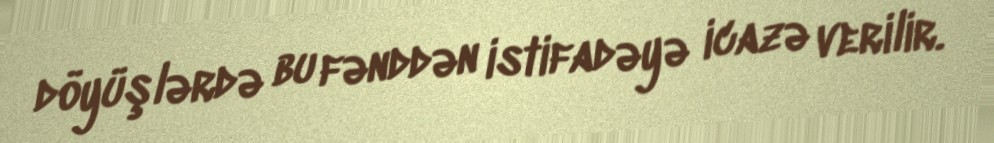
döyüşlərdə bu fənddən istifadəyə icazə verilir.